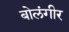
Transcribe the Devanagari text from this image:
बोलंगीर